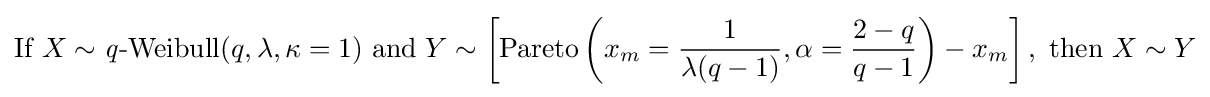
{\text{If }}X\sim \operatorname {{\mathit {q}}-Weibull} (q,\lambda ,\kappa =1){\text{ and }}Y\sim \left[\operatorname {Pareto} \left(x_{m}={1 \over {\lambda (q-1)}},\alpha ={{2-q} \over {q-1}}\right)-x_{m}\right],{\text{ then }}X\sim Y